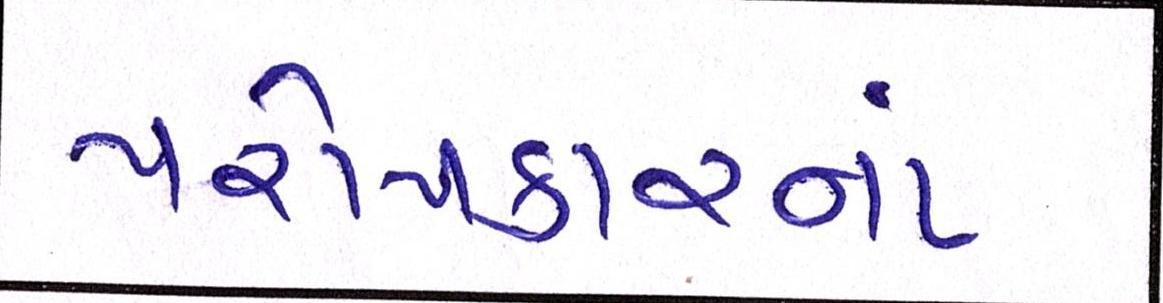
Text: પરોપકારનાં